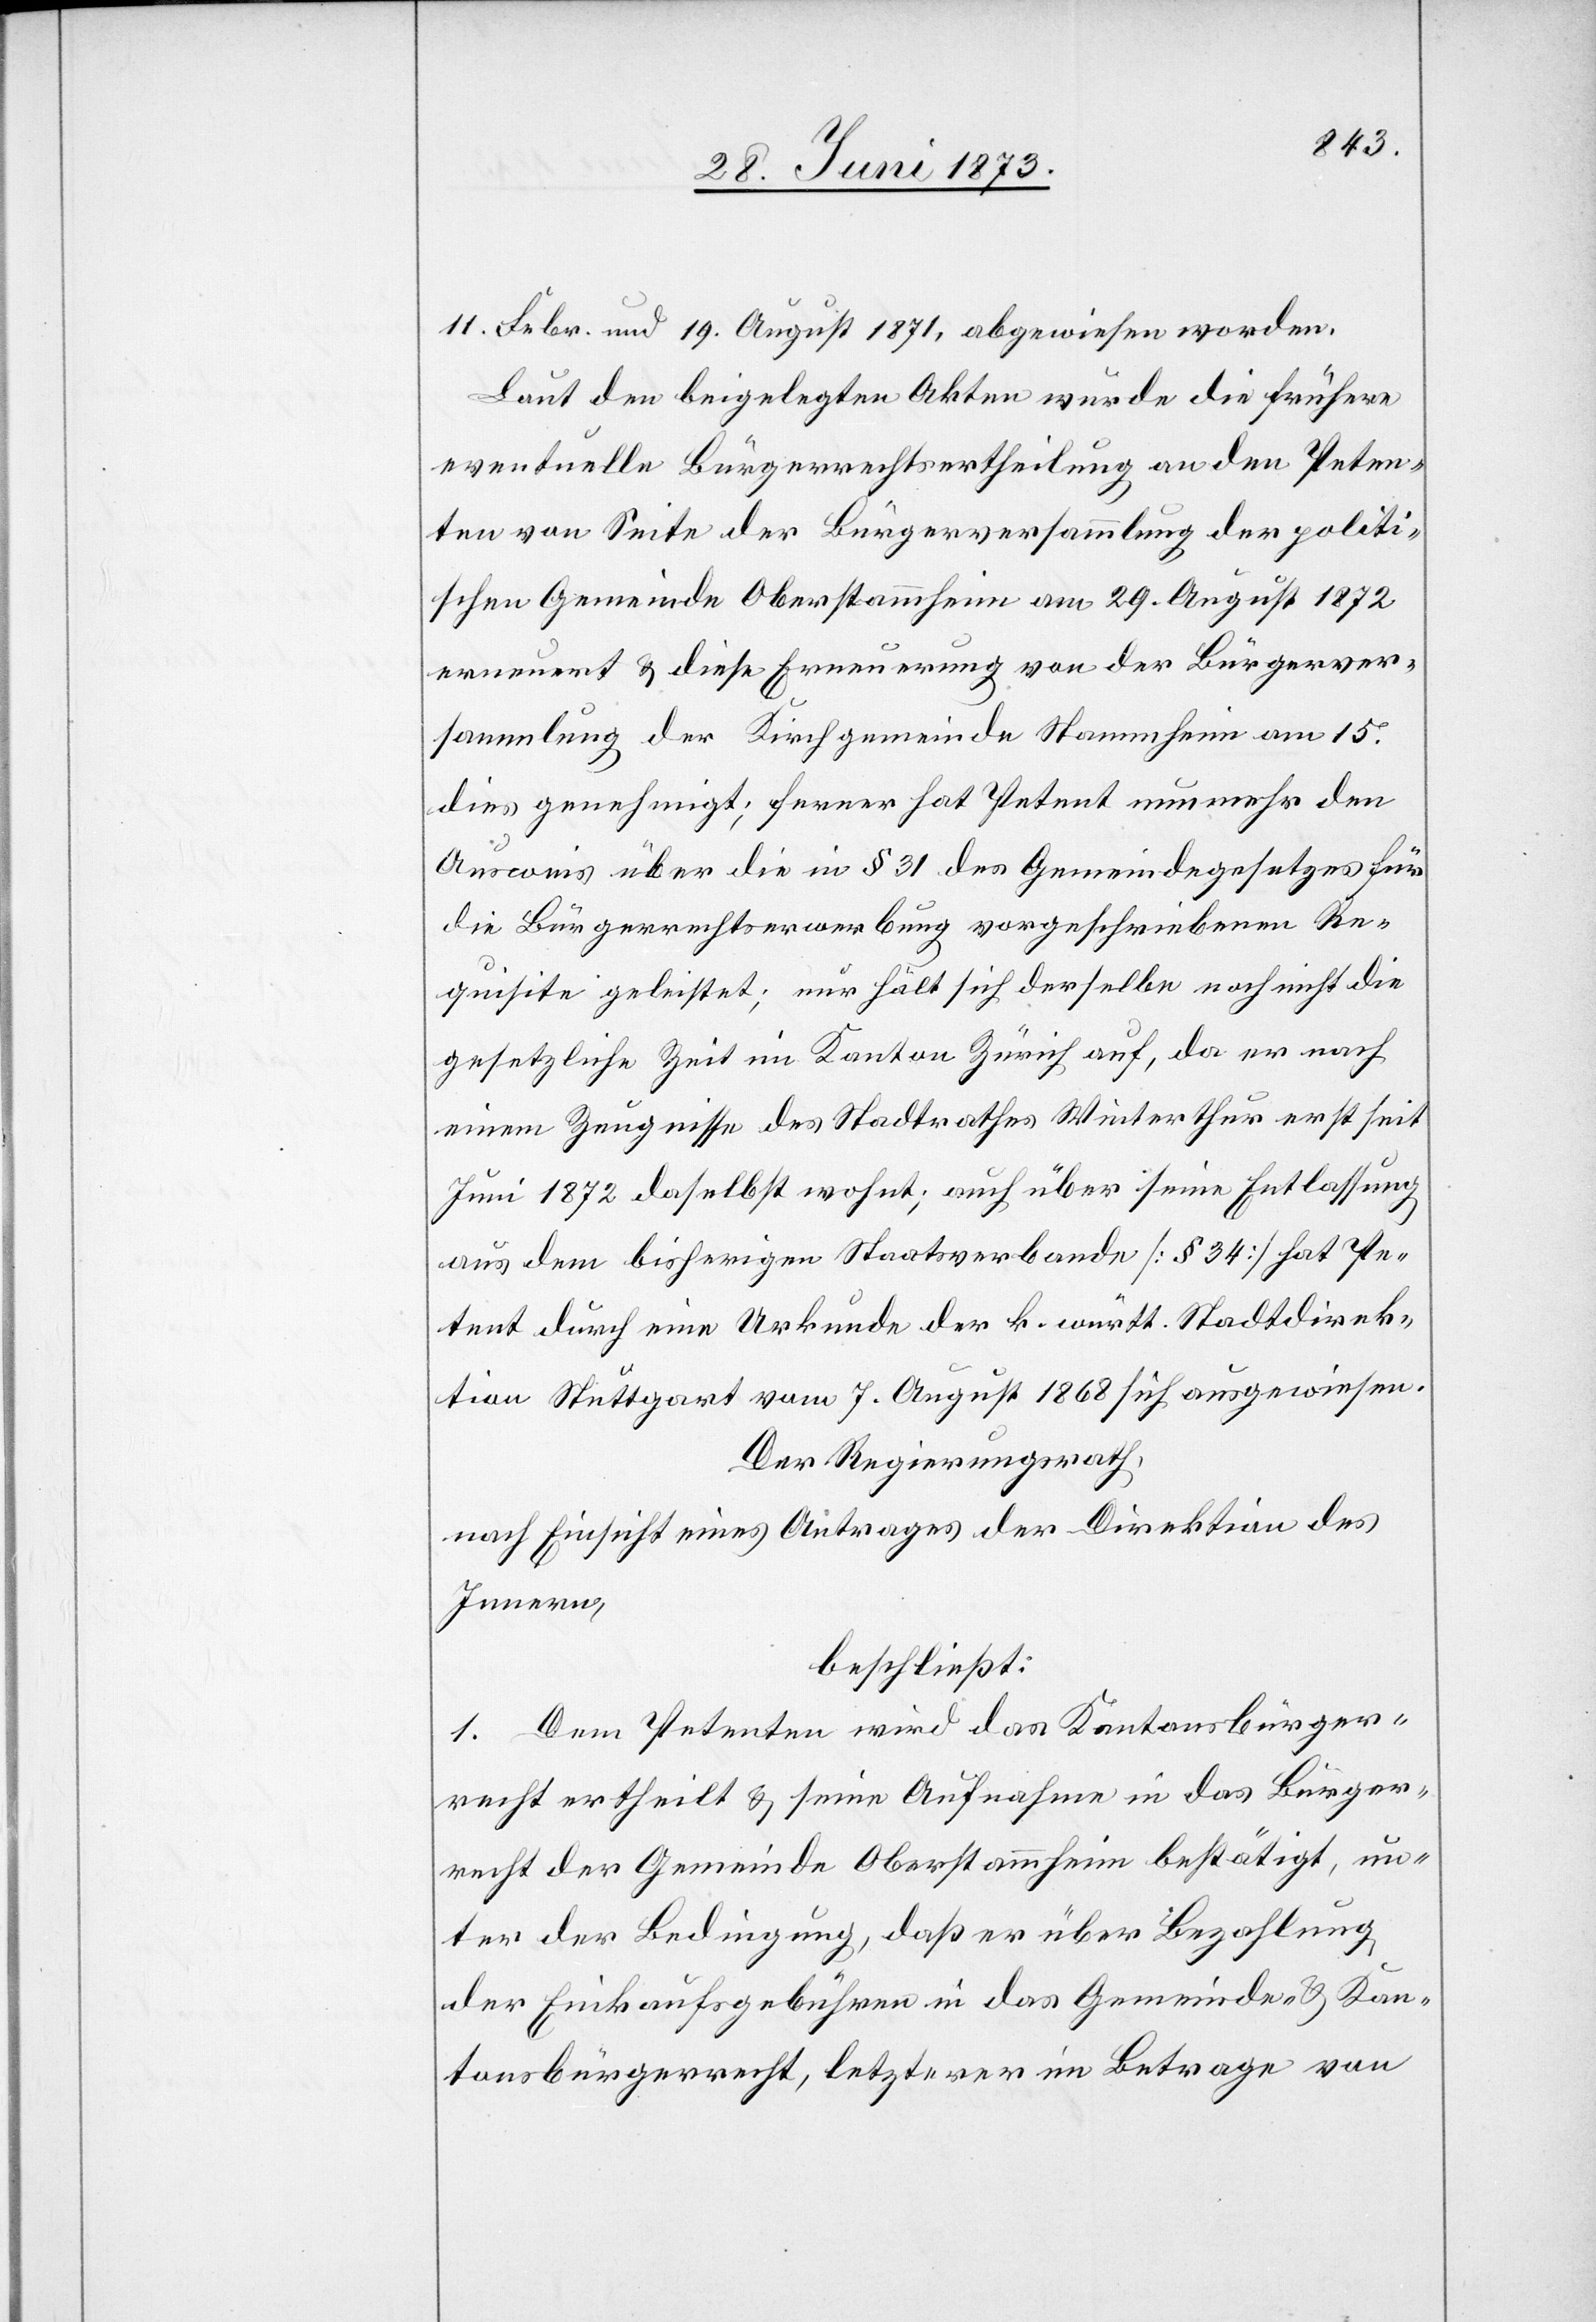
11. Febr. und 19. August 1871, abgewiesen worden.
Laut den beigelegten Akten wurde die frühere
eventuelle Bürgerrechtsertheilung an den Peten¬
ten von Seite der Bürgerversammlung der politi¬
schen Gemeinde Oberstammheim am 29. August 1872
erneuert & diese Erneuerung von der Bürgerver¬
sammlung der Kirchgemeinde Stammheim am 15.
dies genehmigt; ferner hat Petent nunmehr den
Ausweis über die in § 31 des Gemeindegesetzes für
die Bürgerrechtserwerbung vorgeschriebenen Re¬
quisite geleistet; nur hält sich derselbe noch nicht die
gesetzliche Zeit im Kanton Zürich auf, da er nach
einem Zeugnisse des Stadtrathes Winterthur erst seit
Juni 1872 daselbst wohnt; auch über seine Entlassung
aus dem bisherigen Staatsverbande [§ 34] hat Pe¬
tent durch eine Urkunde der k. württ. Stadtdirek¬
tion Stuttgart vom 7. August 1868 sich ausgewiesen.
Der Regierungsrath,
nach Einsicht eines Antrages der Direktion des
Innern,
beschließt:
1. Dem Petenten wird das Kantonsbürger¬
recht ertheilt & seine Aufnahme in das Bürger¬
recht der Gemeinde Oberstammheim bestätigt, un¬
ter der Bedingung, daß er über Bezahlung
der Einkaufsgebühren in das Gemeinde- & Kan¬
tonsbürgerrecht, letzterer im Betrage von